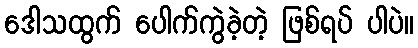
ဒေါသထွက် ပေါက်ကွဲခဲ့တဲ့ ဖြစ်ရပ် ပါပဲ။